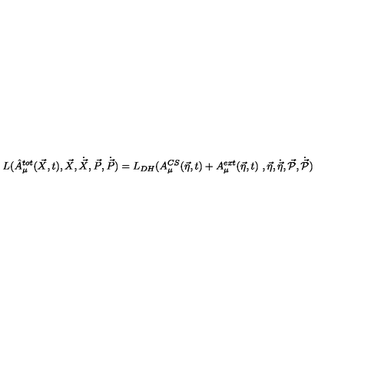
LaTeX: L ( \hat { A } _ { \mu } ^ { t o t } ( \vec { X } , t ) , \vec { X } , \dot { \vec { X } } , \vec { P } , \dot { \vec { P } } ) = L _ { D H } ( A _ { \mu } ^ { C S } ( \vec { \eta } , t ) + A _ { \mu } ^ { e x t } ( \vec { \eta } , t ) \ , \vec { \eta } , \dot { \vec { \eta } } , \vec { \cal { P } } , \dot { \vec { \cal { P } } } )